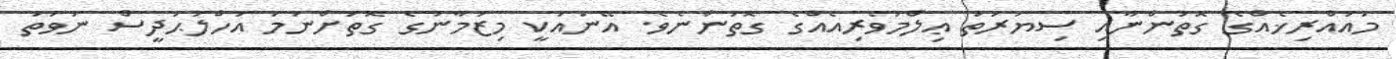
މުއައްރިޚެއްގެ ގޮތުންނާއި ސިޔަރަތު ޢިލްމުވެރިއެއްގެ ގޮތުންނެވެ. އޭނައަކީ މިޒަމާނުގެ ގޮތަށްނަމަ އަހްލުޙަދީސް ނުވަތަ